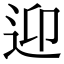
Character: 迎